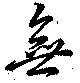
無